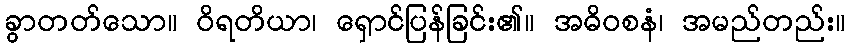
ခွာတတ်သော။ ဝိရတိယာ၊ ရှောင်ပြန်ခြင်း၏။ အဓိဝစနံ၊ အမည်တည်း။